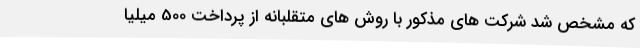
که مشخص شد شرکت های مذکور با روش های متقلبانه از پرداخت 500 میلیا